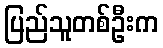
ပြည်သူတစ်ဦးက